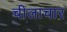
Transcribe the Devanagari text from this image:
चीलाचार